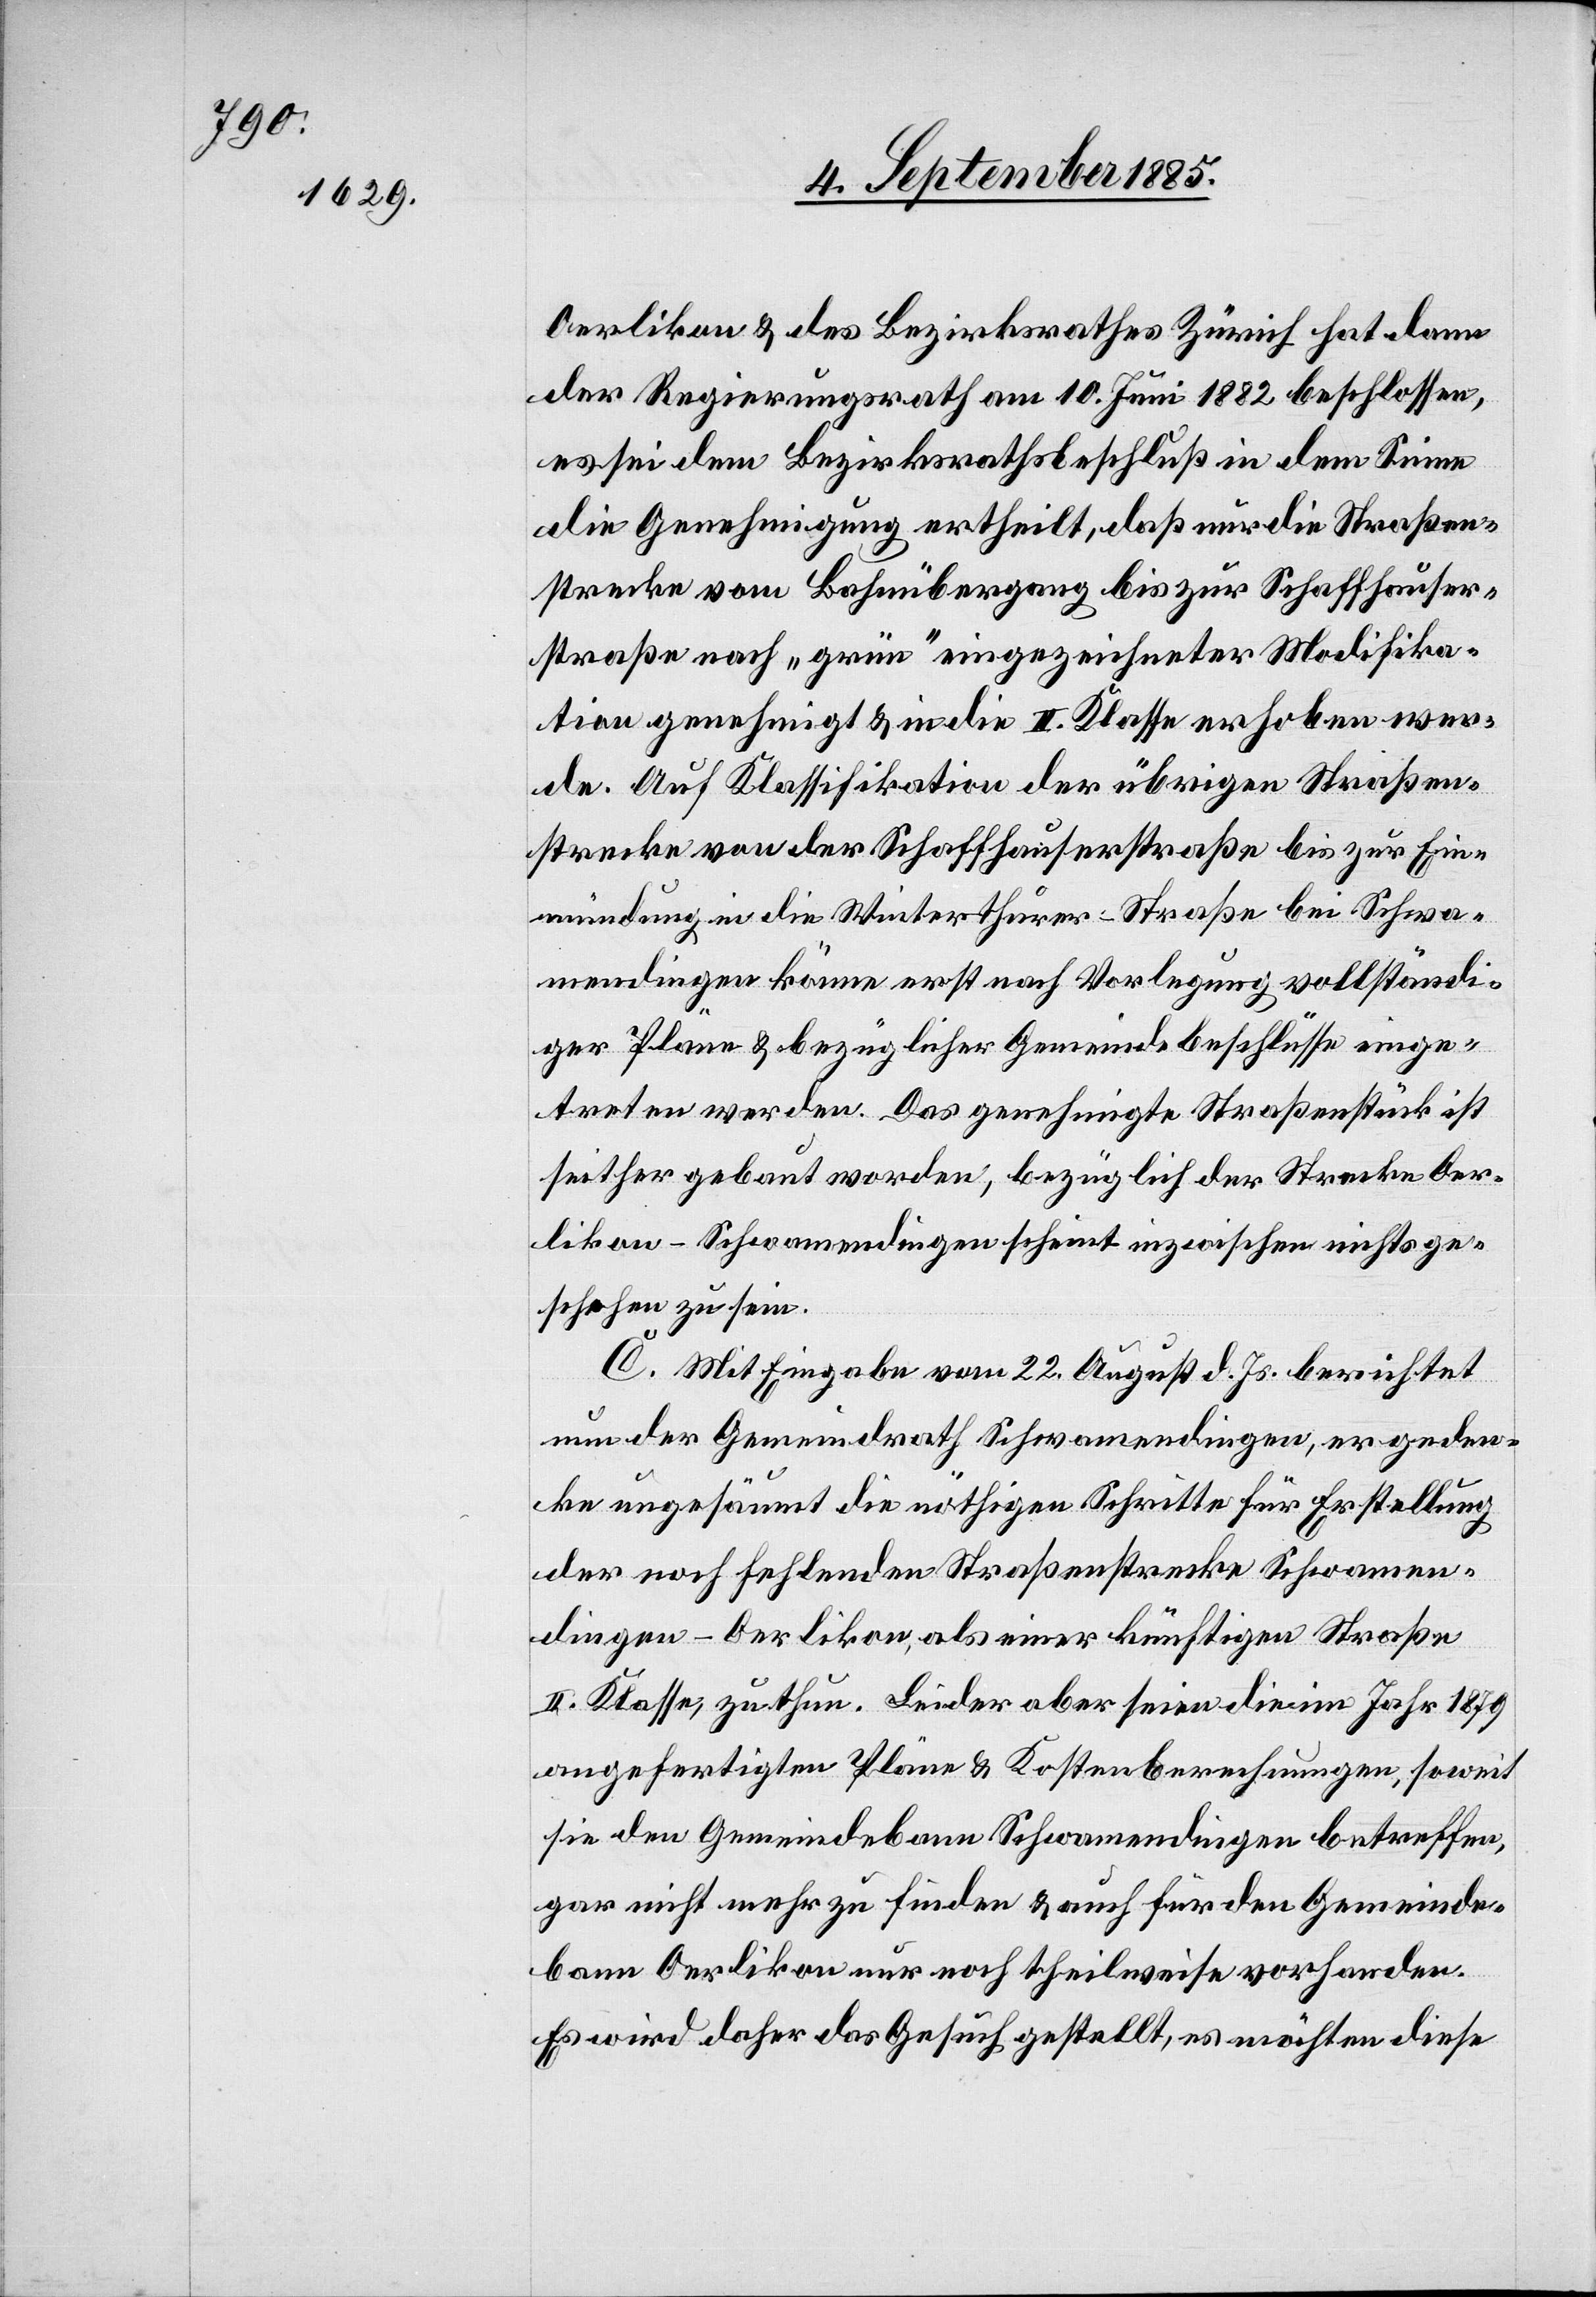
treten

Oerlikon & des Bezirksrathes Zürich hat dann
der Regierungsrath am 10. Juni 1882 beschlossen,
es sei dem Bezirksrathsbeschluß in dem Sinne
die Genehmigung ertheilt, daß nur die Straßen¬
strecke vom Bahnübergang bis Schaffhauser¬
straße nach „grün“ eingezeichneter Modifika¬
tion genehmigt & in die II. Klasse erhoben wer¬
de. Auf Klassifikation der übrigen Straßen¬
strecke von der Schaffhauserstraße bis zur Ein¬
mündung in die Winterthurer-Straße bei Schwa¬
mendingen könne erst nach Vorlegung vollständi¬
ger Pläne & bezüglicher Gemeindebeschlüsse einge¬
Oerlikon–Schwamendingen scheine inzwischen nichts ge¬
schehen zu sein.
C. Mit Eingabe vom 22. August d. Js. berichtet
nun der Gemeindrath Schwamendingen, er geden¬
ke ungesäumt die nöthigen Schritte für Erstellung
der noch fehlenden Straßenstrecke Schwamen¬
dingen–Oerlikon, als einer künftigen Straße
II. Klasse, zu thun. Leider aber seien die im Jahr 1879
angefertigten Pläne & Kostenberechnungen, soweit
sie den Gemeindebann Schwamendingen betreffen,
gar nicht mehr zu finden & auch für den Gemeinde¬
bann Oerlikon nur noch theilweise vorhanden.
Es wird daher das Gesuch gestellt, es möchten diese